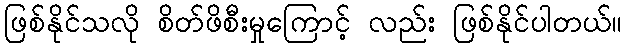
ဖြစ်နိုင်သလို စိတ်ဖိစီးမှုကြောင့် လည်း ဖြစ်နိုင်ပါတယ်။